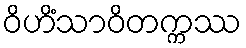
ဝိဟိံသာဝိတက္ကဿ